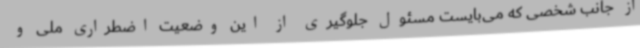
از جانب شخصی که می‌بایست مسئول جلوگیری از این وضعیت اضطراری ملی و